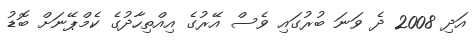
އަދި 2008 ދެ ވަނަ ބުރުގައި ވެސް އޭރުގެ އިއްތިހާދުގެ ކެމްޕޭނަށް ބޮޑު